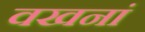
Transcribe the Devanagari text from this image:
वखनां